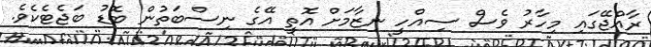
ރާއްޖޭގައި މިހާރު ވެސް ސިއްހީ ނިޒާމަށް އޮތީ އޭގެ ނިސްބަތުން ބޮޑު ބަޖެޓެކެވެ.